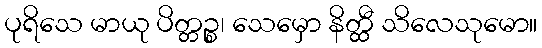
ပုရိသေ မာယု ပိတ္တဉ္စ၊ သေမှော နိတ္ထီ သိလေသုမော။